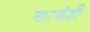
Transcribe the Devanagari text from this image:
नाटकंही